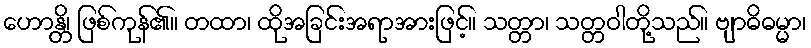
ဟောန္တိ၊ ဖြစ်ကုန်၏။ တထာ၊ ထိုအခြင်းအရာအားဖြင့်။ သတ္တာ၊ သတ္တဝါတို့သည်။ ဗျာဓိဓမ္မာ၊